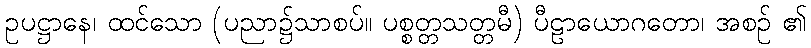
ဥပဋ္ဌာနေ၊ ထင်သော (ပညာ၌သာစပ်။ ပစ္စတ္တသတ္တမီ) ပီဠာယောဂတော၊ အစဉ် ၏